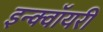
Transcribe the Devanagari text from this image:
इन्क्वॉयरी